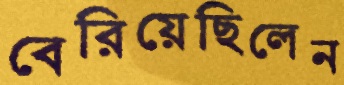
বেরিয়েছিলেন